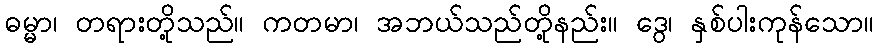
ဓမ္မာ၊ တရားတို့သည်။ ကတမာ၊ အဘယ်သည်တို့နည်း။ ဒွေ၊ နှစ်ပါးကုန်သော။